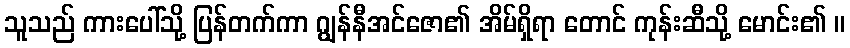
သူသည် ကားပေါ်သို့ ပြန်တက်ကာ ဂျွန်နီအင်ဇော၏ အိမ်ရှိရာ တောင် ကုန်းဆီသို့ မောင်း၏ ။